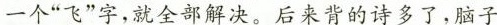
一个”飞”字，就全部解决。后来背的诗多了，脑子